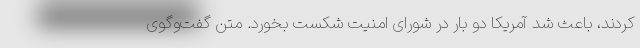
کردند، باعث شد آمریکا دو بار در شورای امنیت شکست بخورد. متن گفت‌وگوی